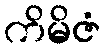
ကိမိဇံ